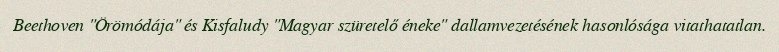
Beethoven "Örömódája" és Kisfaludy "Magyar szüretelő éneke" dallamvezetésének hasonlósága vitathatatlan.